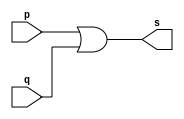
// ---------------------------------------
// Guia 01 Ex10 - OR
// Nome:lvaro Henrique de Arajo Rungue
// ---------------------------------------

// ---------------------
// -- or gate
// ---------------------

module orgate (s, p, q );
 output s;
 input  p, q;

 assign s = p | q ;

endmodule // orgate

// ---------------------
// -- orTriplo gate
// ---------------------

module orTriplogate(s , p , q , t);
 input   p, q , t;
 wire tmp;
 output  s;
          // instancia
 orgate OR1 (tmp, p, q  );
 orgate OR2 (s , tmp , t  );
 
 endmodule // orTriplo
 

// ---------------------
// -- test or gate
// ---------------------

module testorTriplogate;
 reg   a, b , c;
 wire  s ;
          // instancia
 orTriplogate OR3 (s, a , b , c  );
 
          // parte principal

 initial begin:start 
a=0; b=0; c=0;
end 


 initial begin:main 
       $display("Guia 1 Exercicio 10 - Alvaro");
      $display("Test OR gate");
      $display("\na | b | c  = s\n");
  
 $monitor("%b %b %b = %b" ,  a , b , c , s);     
      #1 a=0; b=0; c=1;
      #1 a=0; b=1; c=0;
      #1 a=0; b=1; c=1;
		#1 a=1; b=0; c=0;
		#1 a=1; b=0; c=1;
		#1 a=1; b=1; c=0;
		#1 a=1; b=1; c=1;

 end

endmodule // testnandgate